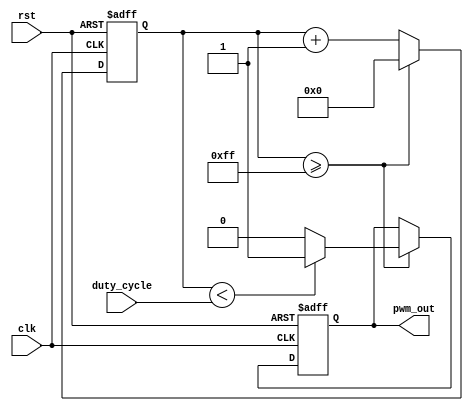
module pwm_generator (
  input wire clk,
  input wire rst,
  input wire [7:0] duty_cycle,
  output reg pwm_out
);

reg [7:0] counter;
reg pwm_high;

always @(posedge clk or posedge rst) begin
  if (rst) begin
    counter <= 8'b0;
    pwm_out <= 1'b0;
  end else begin
    counter <= counter + 1;
    if (counter >= 8'hFF) begin
      counter <= 8'b0;
      pwm_out <= pwm_high;
    end
  end
end

always @(counter, duty_cycle) begin
  if (counter < duty_cycle) begin
    pwm_high <= 1'b1;
  end else begin
    pwm_high <= 1'b0;
  end
end

endmodule